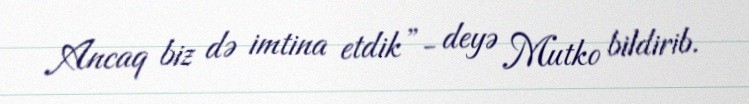
Ancaq biz də imtina etdik”- deyə Mutko bildirib.